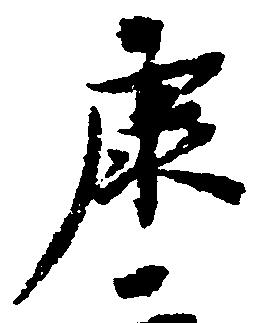
康